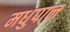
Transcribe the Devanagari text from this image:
मधुपान